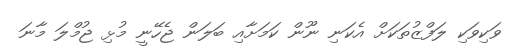
ވަކިވަކި ލަފްޒުތަކަށް އެކަނި ނޫން ކަމަށާއި ބަލަން ޖެހޭނީ މުޅި ޖުމްލަ މާނަ